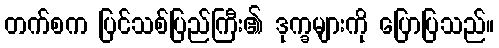
တက်စက ပြင်သစ်ပြည်ကြီး၏ ဒုက္ခများကို ပြောပြသည်။